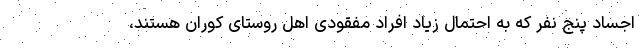
اجساد پنج نفر که به احتمال زیاد افراد مفقودی اهل روستای کوران هستند،